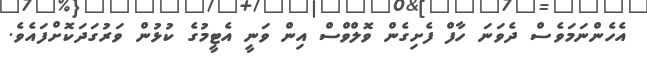
އެހެންނަމަވެސް ދެވަނަ ހާފް ފެށިގެން ވޮލްވްސް އިން ވަނީ އެޓީމުގެ ކުޅުން ވަރުގަދަކޮށްފައެވެ.